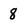
Character: 8